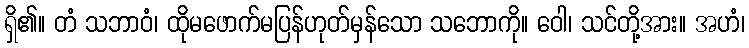
ရှိ၏။ တံ သဘာဝံ၊ ထိုမဖောက်မပြန်ဟုတ်မှန်သော သဘောကို။ ဝေါ၊ သင်တို့အား။ အဟံ၊